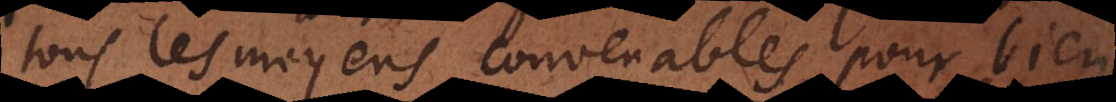
tous les moyens convenables pour bien